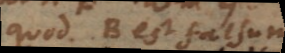
quod B est falsum